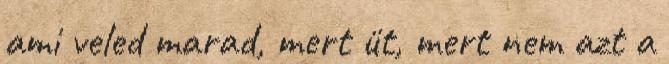
ami veled marad, mert üt, mert nem azt a